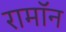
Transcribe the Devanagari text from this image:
रामॉन